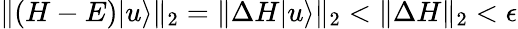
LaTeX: \| (H-E)|u\rangle\| _{2}=\| \Delta H|u\rangle\| _{2}<\| \Delta H\| _{2}<\epsilon